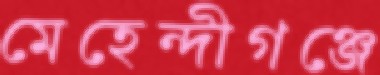
মেহেন্দীগঞ্জে